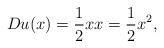
LaTeX: \begin{align*}Du(x)=\frac{1}{2}xx=\frac{1}{2}x^2,\end{align*}